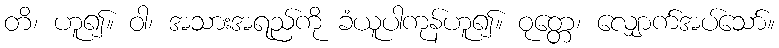
တိ၊ ဟူ၍။ ဝါ၊ အသားအရည်ကို ခံယူပါကုန်ဟူ၍။ ဝုတ္တေ၊ လျှောက်အပ်သော်။